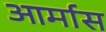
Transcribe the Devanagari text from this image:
आर्मास